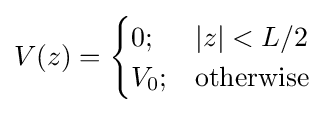
V(z)={\begin{cases}0;&|z|<L/2\\V_{0};&{\mbox{otherwise}}\end{cases}}